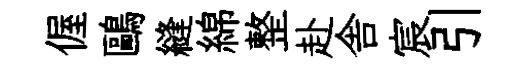
偓鷗縫綿整赴舎宸引